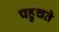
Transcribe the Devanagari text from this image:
पहु॑चते